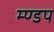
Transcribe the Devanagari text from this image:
म्ण्डप